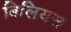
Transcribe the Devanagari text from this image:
बिलियस